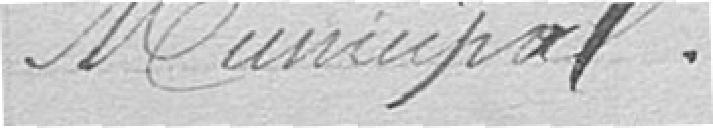
Municipal.